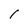
Character: 1